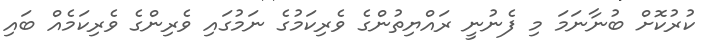
ކުރުކޮށް ބުނާނަމަ މި ފެނުނީ ރައްޔިތުންގެ ވެރިކަމުގެ ނަމުގައި ވެރިންގެ ވެރިކަމެއް ބައި